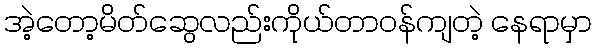
အဲ့တော့မိတ်ဆွေလည်းကိုယ်တာဝန်ကျတဲ့ နေရာမှာ